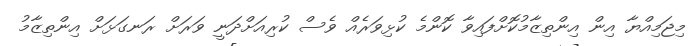
މިޖަމިއްޔާ އިން އިންތިޒާމުކޮށްފައިވާ ކޮންމެ ކުޅިވަރެއް ވެސް ކުރިއަށްދަނީ ވަރަށް ރަނގަޅަށް އިންތިޒާމު